Source: Handwritten
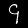
Digit: ၄ (4)